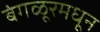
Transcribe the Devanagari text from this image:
बंगळूरमधून